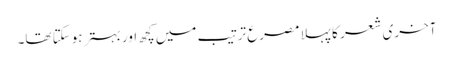
آخری شعر کا پہلا مصرع ترتیب میں کچھ اور بہتر ہوسکتا تھا۔